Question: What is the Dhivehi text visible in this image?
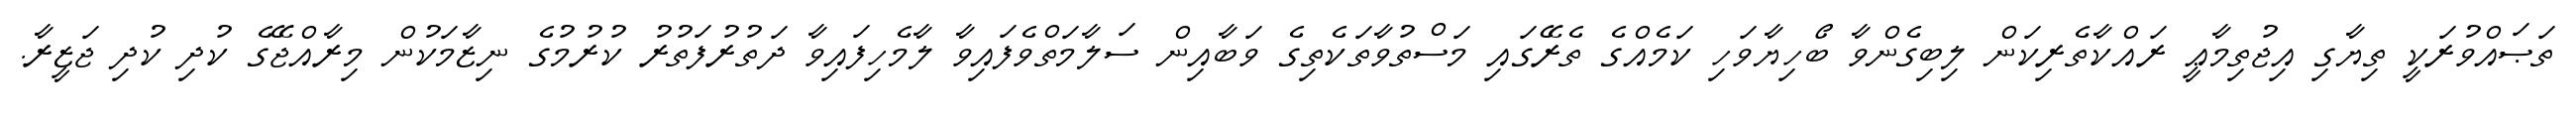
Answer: ތަޞައްވުރަކީ ތިޔާގި އިޖުތިމާޢީ ރައްކާތެރިކަން ލިބިގެންވާ ބޯހިޔާވަހި ކަމެއްގެ ތެރޭގައި މަސްތުވާތަކެތިގެ ވަބާއިން ސަލާމަތްވެފައިވާ ލާމެހިފައިވާ ދަތުރުފަތުރު ކުރުމުގެ ނިޒާމަކުން މިރާއްޖޭގެ ކުދި ކުދި ޖަޒީރާ.